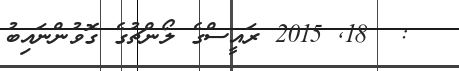
:  18